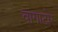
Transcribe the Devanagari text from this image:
वागाटोर